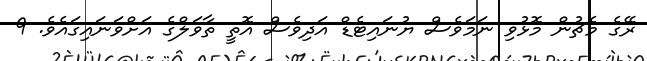
ރޭގެ މެޗުން މޮޅުވި ނަމަވެސް ޔުނައިޓެޑް އަދިވެސް އޮތީ ތާވަލްގެ އަށްވަނައިގައެވެ. 9